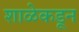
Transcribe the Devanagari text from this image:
शाळेकडून